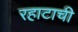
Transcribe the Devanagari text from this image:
रहाटाची